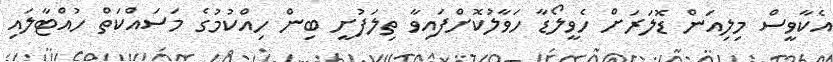
އެކާވީސް މިލިއަން ޑޮލަރަށް ހެވީލޯޑާ ހަވާލުކޮށްފައިވާ ތިލަފުށީ ބިން ހިއްކުމުގެ މަސައްކަތް ހުއްޓާލައި